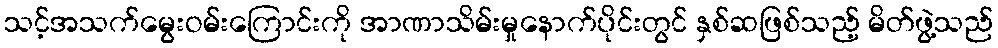
သင့်အသက်မွေးဝမ်းကြောင်းကို အာဏာသိမ်းမှုနောက်ပိုင်းတွင် နှစ်ဆဖြစ်သည့် မိတ်ဖွဲ့သည်